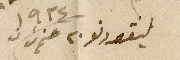
ليفورنو ٢٠ حزيران ١٩٢٤